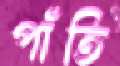
পাঁতি